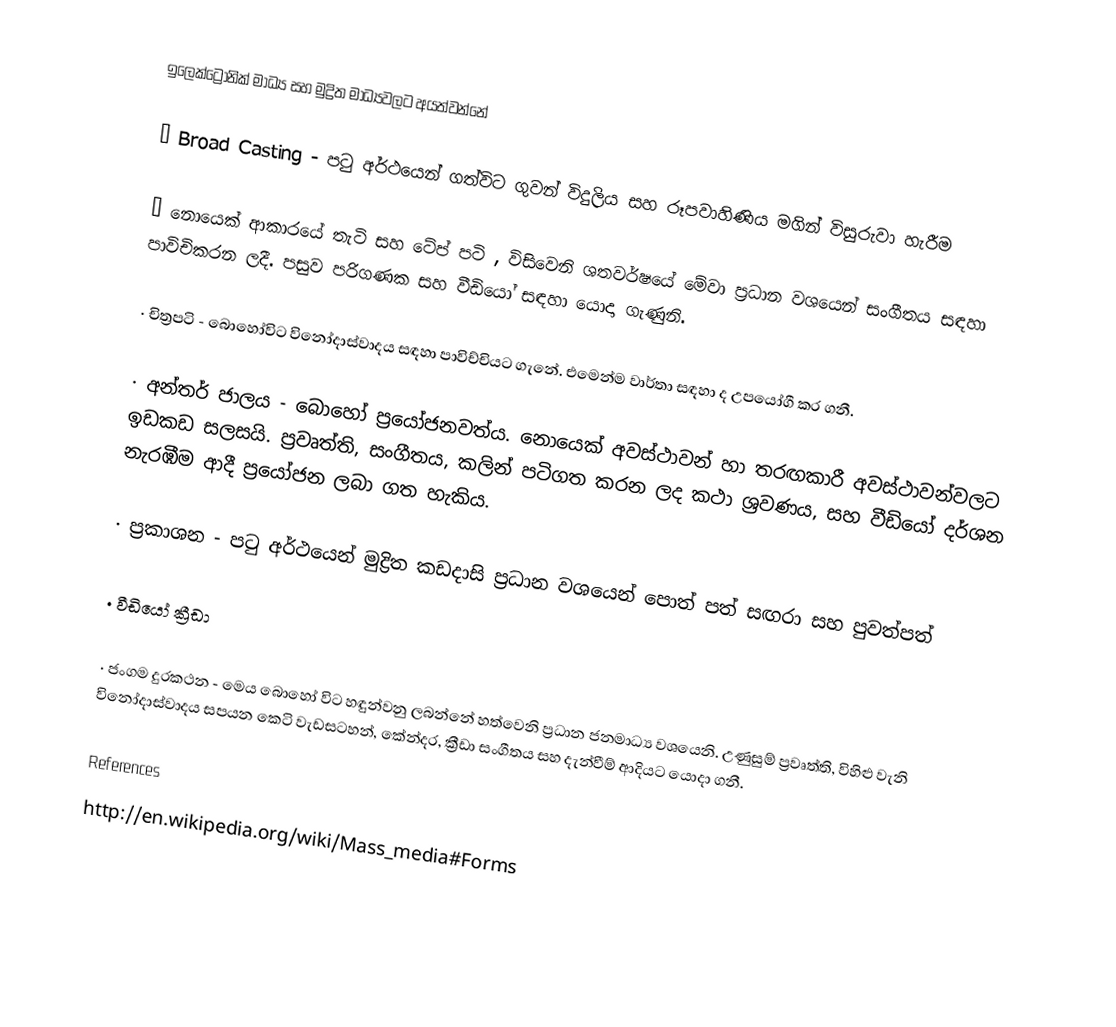
ඉලෙක්ට්‍රොනික් මාධ්‍ය සහ මුද්‍රිත මාධ්‍යවලට අයත්වන්නේ

·	Broad Casting  -  පටු අර්ථයෙන් ගත්විට ගුවන් විදුලිය සහ රූපවාහිණිය මගින් විසුරුවා හැරීම

·	නොයෙක් ආකාරයේ තැටි සහ ටේප් පටි , විසිවෙනි ශතවර්ෂයේ මේවා ප්‍රධාන වශයෙන් සංගීතය සඳහා පාවිචිකරන ලදී. පසුව පරිගණක සහ වීඩියෝ සඳහා යොදා ගැණුනි.

·	චිත්‍රපටි - බොහෝවිට විනෝදාස්වාදය සඳහා පාවිච්චියට ගැනේ. එමෙන්ම වාර්තා සඳහා ද උපයෝගී කර ගනී.

·	අන්තර් ජාලය - බොහෝ ප්‍රයෝජනවත්ය. නොයෙක් අවස්ථාවන් හා තරඟකාරී අවස්ථාවන්වලට ඉඩකඩ සලසයි. ප්‍රවෘත්ති, සංගීතය, කලින් පටිගත කරන ලද කථා ශ්‍රවණය‍, සහ වීඩියෝ දර්ශන නැරඹීම ආදී ප්‍රයෝජන ලබා ගත හැකිය.

·	ප්‍රකාශන - පටු අර්ථයෙන් මුද්‍රිත කඩදාසි ප්‍රධාන වශයෙන් පොත් පත් සඟරා සහ පුවත්පත්

·	වීඩියෝ ක්‍රීඩා

·	ජංගම දුරකථන - මෙය බොහෝ විට හඳුන්වනු ලබන්නේ හත්වෙනි ප්‍රධාන ජනමාධ්‍ය වශයෙනි. උණුසුම් ප්‍රවෘත්ති, විහිළු වැනි විනෝදාස්වාදය සපයන කෙටි වැඩසටහන්, කේන්දර, ක්‍රීඩා සංගීතය සහ දැන්වීම් ආදියට යොදා ගනී.

References
http://en.wikipedia.org/wiki/Mass_media#Forms